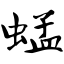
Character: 蜢